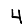
Digit: 4